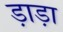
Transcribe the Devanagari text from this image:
ड़ाड़ा